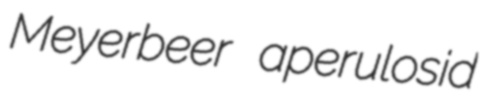
Meyerbeer aperulosid